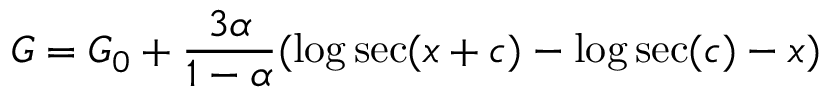
G = G _ { 0 } + \frac { 3 \alpha } { 1 - \alpha } ( \log \sec ( x + c ) - \log \sec ( c ) - x )